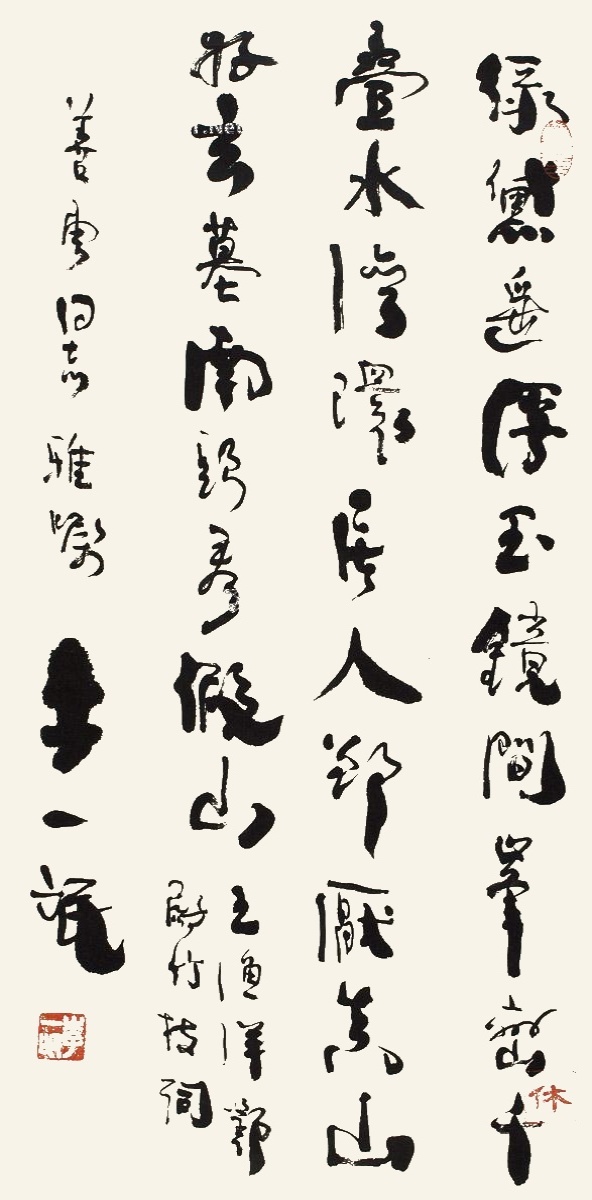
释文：绿黛遥浮玉镜间，峰峦千迭水湾环。居人却厌真山好，玄墓南头看假山。王渔洋邓尉竹枝词，善云同志雅嘱。李一氓。